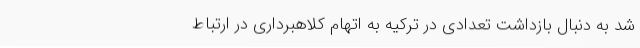
شد به دنبال بازداشت تعدادی در ترکیه به اتهام کلاهبرداری در ارتباط